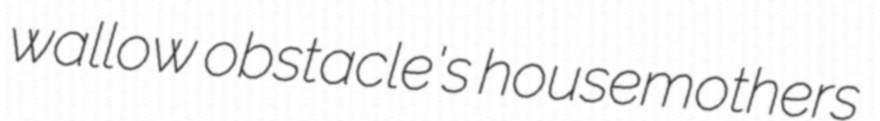
wallow obstacle's housemothers